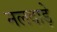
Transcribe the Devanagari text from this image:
नलदाड़े